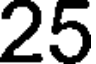
25